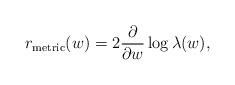
LaTeX: \begin{align*} r_{\rm metric}(w)=2\frac{\partial}{\partial w}\log\lambda(w),\qquad\end{align*}